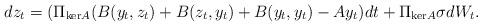
LaTeX: \begin{align*}dz_t = (\Pi_{\mathrm{ker}A}(B(y_t,z_t) + B(z_t,y_t) + B(y_t,y_t)-Ay_t)dt + \Pi_{\mathrm{ker}A}\sigma dW_t. \end{align*}